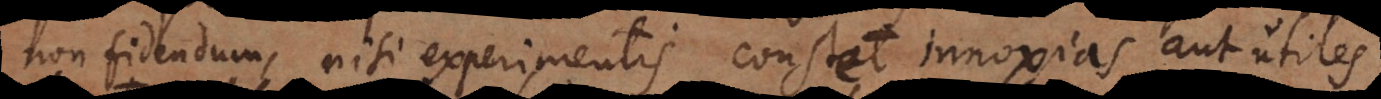
non fidendum, nisi experimentis constet innoxias esse,